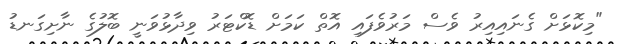
"މިކޮޅަށް ގެނައިއިރު ވެސް މަރުވެފައި އޮތް ކަމަށް ޑޮކްޓަރު ވިދާޅުވަނީ ބޮލުގެ ނާށިގަނޑު